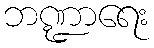
ဘဏ္ဍာရေး